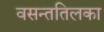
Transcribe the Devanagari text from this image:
वसन्ततिलका